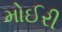
મોઈરી